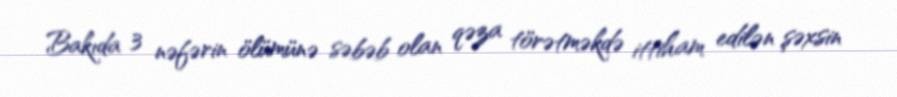
Bakıda 3 nəfərin ölümünə səbəb olan qəza törətməkdə ittiham edilən şəxsin